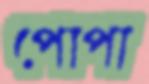
পোপা